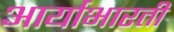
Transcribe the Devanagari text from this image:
आर्याभारती